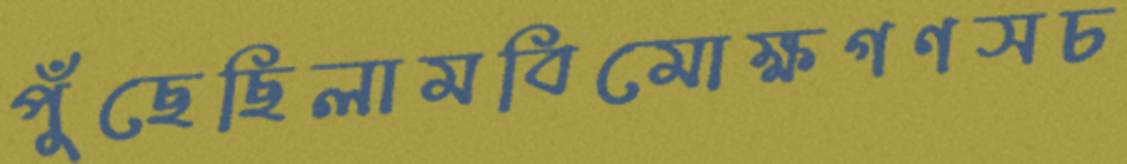
পুঁছেছিলামবিমোক্ষগণসচ